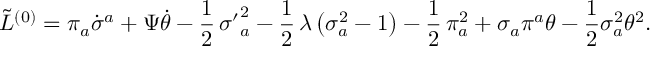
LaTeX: \tilde { \cal L } ^ { ( 0 ) } = \pi _ { a } \dot { \sigma } ^ { a } + \Psi \dot { \theta } - \frac { 1 } { 2 } \, { \sigma ^ { \prime } } _ { a } ^ { 2 } - \frac { 1 } { 2 } \, \lambda \, \bigl ( \sigma _ { a } ^ { 2 } - 1 \bigr ) - \frac { 1 } { 2 } \, \pi _ { a } ^ { 2 } + \sigma _ { a } \pi ^ { a } \theta - \frac { 1 } { 2 } \sigma _ { a } ^ { 2 } \theta ^ { 2 } .